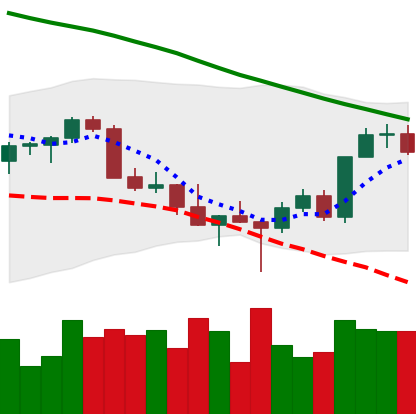
Ticker: XMR-USD
Chart end date: 2022-03-03
Forward return: 19.074%
Label: up_7plus